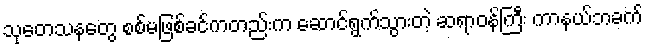
သုတေသနတွေ စစ်မဖြစ်ခင်ကတည်းက ဆောင်ရွက်သွားတဲ့ ဆရာဝန်ကြီး ကာနယ်ဘခက်